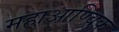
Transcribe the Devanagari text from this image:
महाआण्विक